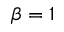
\beta = 1